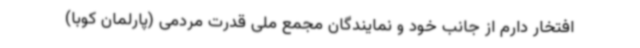
افتخار دارم از جانب خود و نمایندگان مجمع ملی قدرت مردمی (پارلمان کوبا)